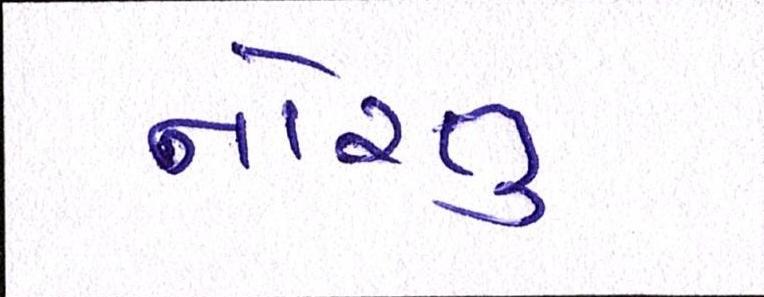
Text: નોરતુ